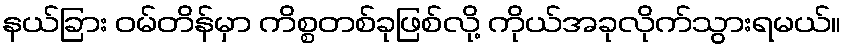
နယ်ခြား ဝမ်တိန်မှာ ကိစ္စတစ်ခုဖြစ်လို့ ကိုယ်အခုလိုက်သွားရမယ်။